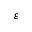
\varepsilon